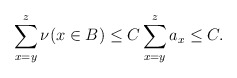
\begin{align*}\sum_{x=y}^{z} \nu(x \in B) \leq C\sum_{x=y}^{z} a_x\le C.\end{align*}